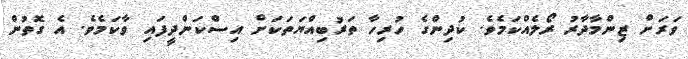
ވަރަށް ޒިންމާދާރު ރޯލެއްކަމެވެ. ކުދިންގެ ހުރިހާ ތަރުބިއްޔަތަކަށް އިސްކަންދީފައި ވާކަމެވެ. އެ ގޮތުން